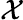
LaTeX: \mathcal{X}